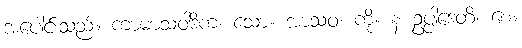
အပေါင်းသည်။ ကာမာသဝါဒိကံ၊ သော။ အာသဝံ၊ ကို။ န ဥပ္ပါဒေတိ၊ စေ။